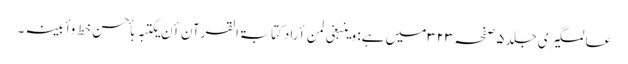
عالمگیری جلد۵صفحہ۳۲۳ میں ہے: وینبغی لمن أرادکتابۃالقرآن أن یکتبہ بأحسن خط وأبینہ ۔